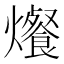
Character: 爘